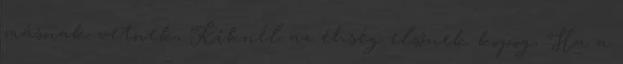
másnak vetnek, Kiknél az éhség elsőnek kopog, Ha a